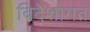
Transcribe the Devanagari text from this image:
विदेशागत